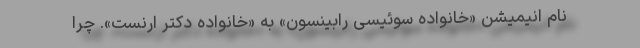
نام انیمیشن «خانواده سوئیسی رابینسون» به «خانواده دکتر ارنست». چرا